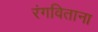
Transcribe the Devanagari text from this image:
रंगविताना